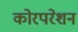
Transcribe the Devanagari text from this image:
कोरपरेशन